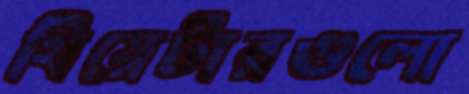
থিয়েটারগুলো